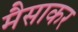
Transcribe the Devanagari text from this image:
मैसाकर